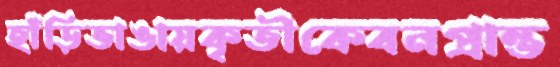
হাঁড়িভাঙায়কৃতীকেবনপ্রান্ত